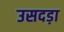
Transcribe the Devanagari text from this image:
उसदड़ा